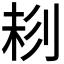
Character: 𠝁